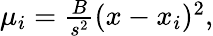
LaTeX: \begin{array}{r}{\mu_{i}=\frac{B}{s^{2}}(x-x_{i})^{2},}\end{array}